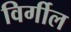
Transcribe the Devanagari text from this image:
विर्गील